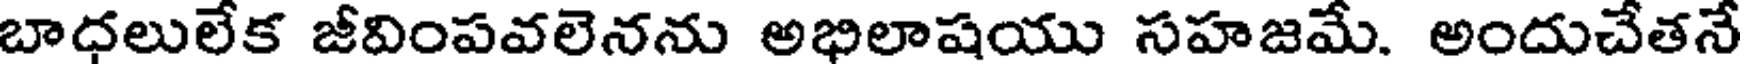
బాధలులేక జీవింపవలెనను అభిలాషయు సహజమే. అందుచేతనే